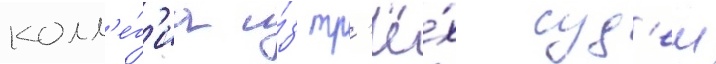
колл'е́г'иа и́з тр'ё́х суд'еи